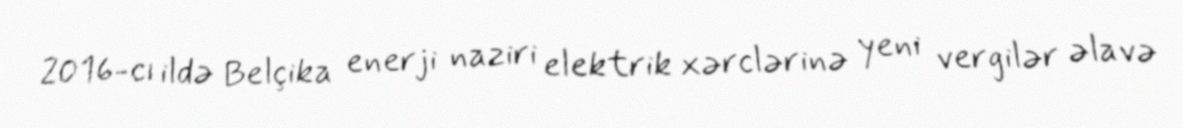
2016-cı ildə Belçika enerji naziri elektrik xərclərinə yeni vergilər əlavə